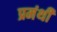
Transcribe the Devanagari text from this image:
प्रमंथी